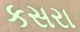
કસરા